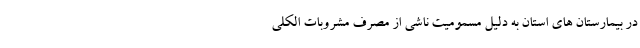
در بیمارستان های استان به دلیل مسمومیت ناشی از مصرف مشروبات الکلی